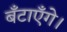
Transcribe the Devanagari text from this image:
बँटाएँगे।